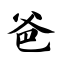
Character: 爸